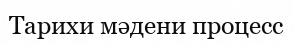
Тарихи мәдени процесс